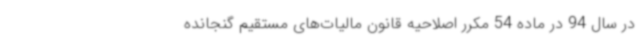
در سال 94 در ماده 54 مکرر اصلاحیه قانون مالیات‌های مستقیم گنجانده